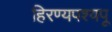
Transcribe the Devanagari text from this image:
हिरण्यपश्यपू